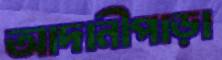
আদানীপাড়া